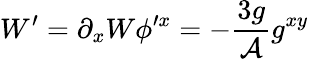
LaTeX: W^{\prime}=\partial_{x}W\phi^{\prime x}=-\frac{3g}{\mathcal{A}}g^{xy}